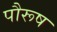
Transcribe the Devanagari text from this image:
पौरूष